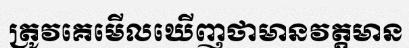
ត្រូវគេមើលឃើញថាមានវត្តមាន